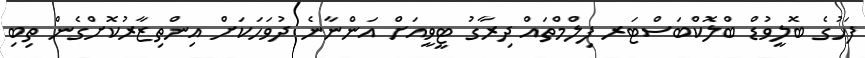
ފަހުގެ ބޮލީވުޑް ބްލޮކްބަސްޓަރ ފިލްމްތައް ދިރާގު ޓީވީއަށް އަންނާނެ ދުވަހަކަށް އިންތިޒާރުކޮށްގެން ތިބި